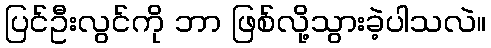
ပြင်ဦးလွင်ကို ဘာ ဖြစ်လို့သွားခဲ့ပါသလဲ။